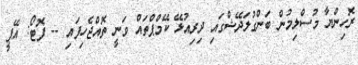
ރޮހިންޔާ މުސްލިމުން ބަންގުލަދޭޝްގައި ދިރިއުޅޭ ކޭމްޕްތައް ވަނީ ތޮއްޖެހިފައި -- ފޮޓޯ: އޭޕީ